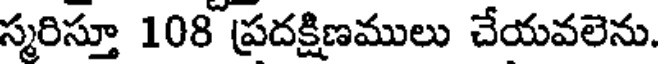
స్మరిస్తూ 108 ప్రదక్షిణములు చేయవలెను.